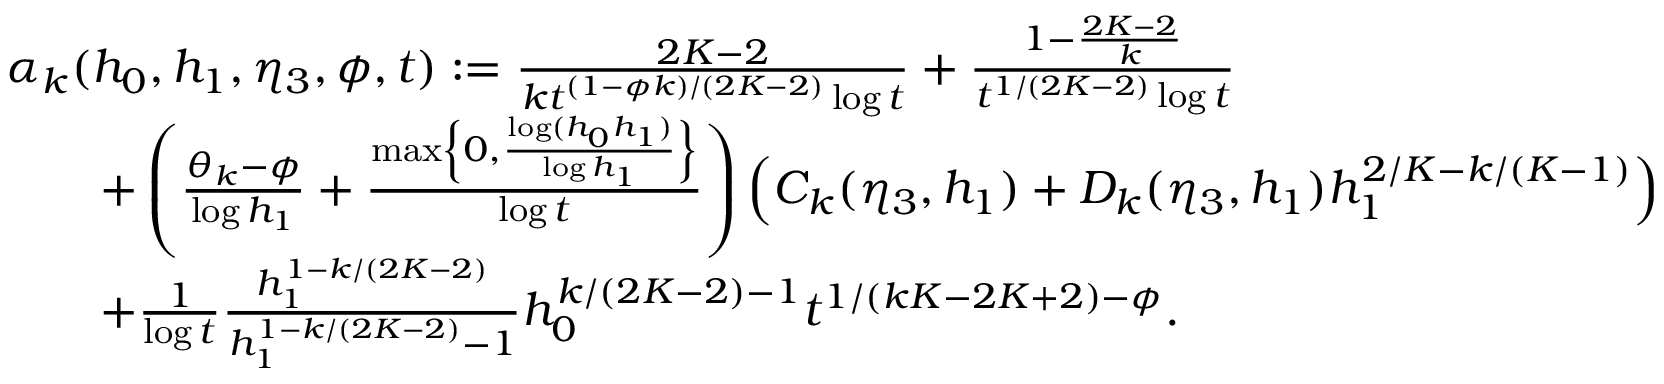
\begin{array} { r l } & { \alpha _ { k } ( h _ { 0 } , h _ { 1 } , \eta _ { 3 } , \phi , t ) : = \frac { 2 K - 2 } { k t ^ { ( 1 - \phi k ) / ( 2 K - 2 ) } \log t } + \frac { 1 - \frac { 2 K - 2 } { k } } { t ^ { 1 / ( 2 K - 2 ) } \log t } } \\ & { \qquad + \left( \frac { \theta _ { k } - \phi } { \log h _ { 1 } } + \frac { \operatorname* { m a x } \left\{ 0 , \frac { \log ( h _ { 0 } h _ { 1 } ) } { \log h _ { 1 } } \right\} } { \log t } \right) \left( C _ { k } ( \eta _ { 3 } , h _ { 1 } ) + D _ { k } ( \eta _ { 3 } , h _ { 1 } ) h _ { 1 } ^ { 2 / K - k / ( K - 1 ) } \right) } \\ & { \qquad + \frac { 1 } { \log t } \frac { h _ { 1 } ^ { 1 - k / ( 2 K - 2 ) } } { h _ { 1 } ^ { 1 - k / ( 2 K - 2 ) } - 1 } h _ { 0 } ^ { k / ( 2 K - 2 ) - 1 } t ^ { 1 / ( k K - 2 K + 2 ) - \phi } . } \end{array}